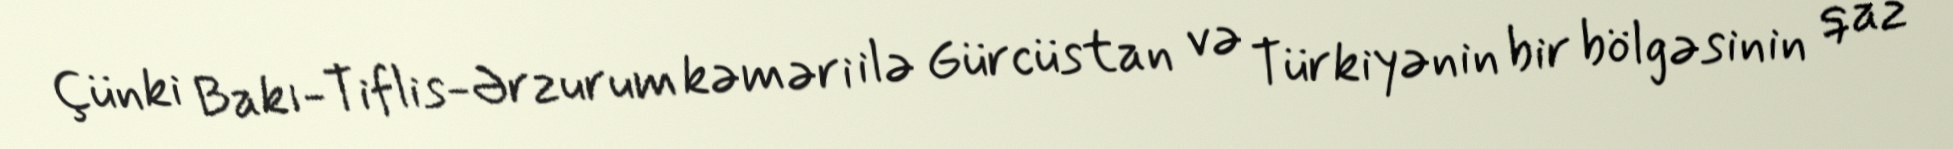
Çünki Bakı-Tiflis-Ərzurum kəməri ilə Gürcüstan və Türkiyənin bir bölgəsinin qaz